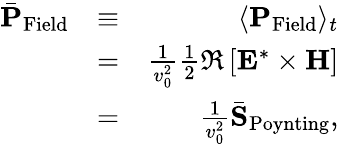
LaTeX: \begin{array}{rlr}{\bar{\mathbf P}_{\mathrm{Field}}}&{\equiv}&{\langle{\mathbf P}_{\mathrm{Field}}\rangle_{t}}\\ &{=}&{\frac{1}{v_{0}^{2}}\frac{1}{2}\Re\left[{\mathbf E}^{*}\times{\mathbf H}\right]}\\ &{=}&{\frac{1}{v_{0}^{2}}\bar{\mathbf S}_{\mathrm{Poynting}},}\end{array}